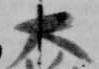
大